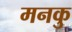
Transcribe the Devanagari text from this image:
मनकु